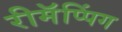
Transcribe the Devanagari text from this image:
रीमॅप्पिंग